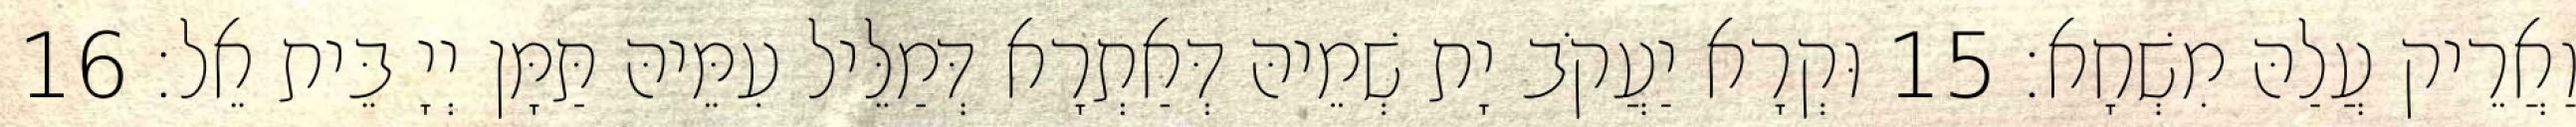
וַאֲרֵיק עֲלַהּ מִשְׁחָא׃ 15 וּקְרָא יַעֲקֹב יָת שְׁמֵיהּ דְּאַתְרָא דְּמַלֵּיל עִמֵּיהּ תַּמָּן יְיָ בֵּית אֵל׃ 16